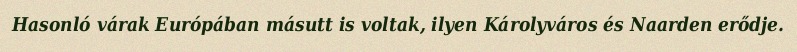
Hasonló várak Európában másutt is voltak, ilyen Károlyváros és Naarden erődje.